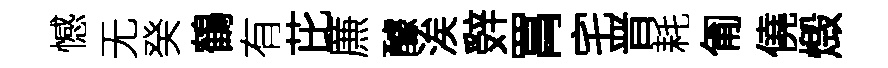
憾无癸鶴有芘㢘醵涘辤罥宅晋耗匍僥燬